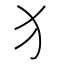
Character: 犭